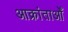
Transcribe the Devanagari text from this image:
आक्रांताओँ